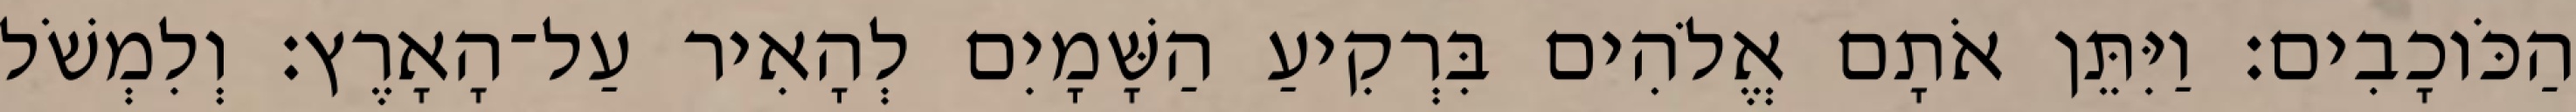
הַכֹּוכָבִים׃ וַיִּתֵּן אֹתָם אֱלֹהִים בִּרְקִיעַ הַשָּׁמָיִם לְהָאִיר עַל־הָאָרֶץ׃ וְלִמְשֹׁל